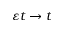
\varepsilon t \to t